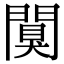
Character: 闃